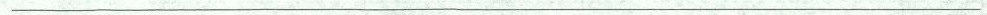
___